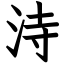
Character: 洔